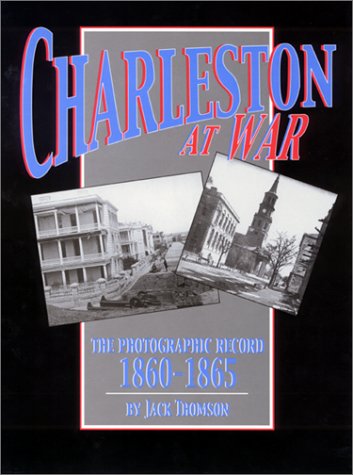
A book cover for Charleston at War; Jack Thomson; Travel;